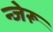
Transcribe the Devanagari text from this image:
न्जेरू